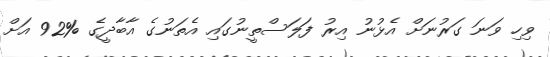
ވިހި ވަނަ ގަރުނަށް އެޅުނު އިރު ފަލަސްތީނުގައި އެތަނުގެ އާބާދީގެ %92 އަށް